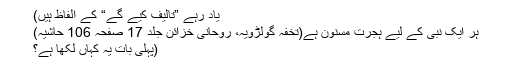
یاد رہے ”تالیف کیے گے“ کے الفاظ ہیں)
ہر ایک نبی کے لیے ہجرت مسنون ہے(تخفہ گولڑویہ، روحانی خزائن جلد 17 صفحہ 106 حاشیہ)
(پہلی بات یہ کہاں لکھا ہے؟